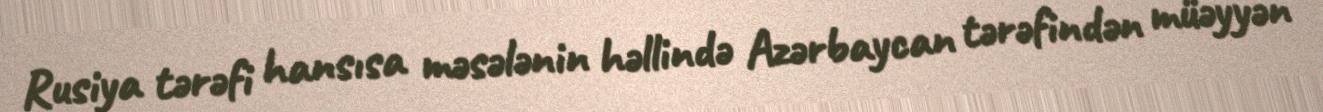
Rusiya tərəfi hansısa məsələnin həllində Azərbaycan tərəfindən müəyyən